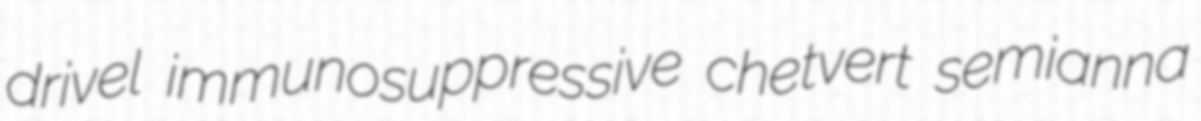
drivel immunosuppressive chetvert semianna